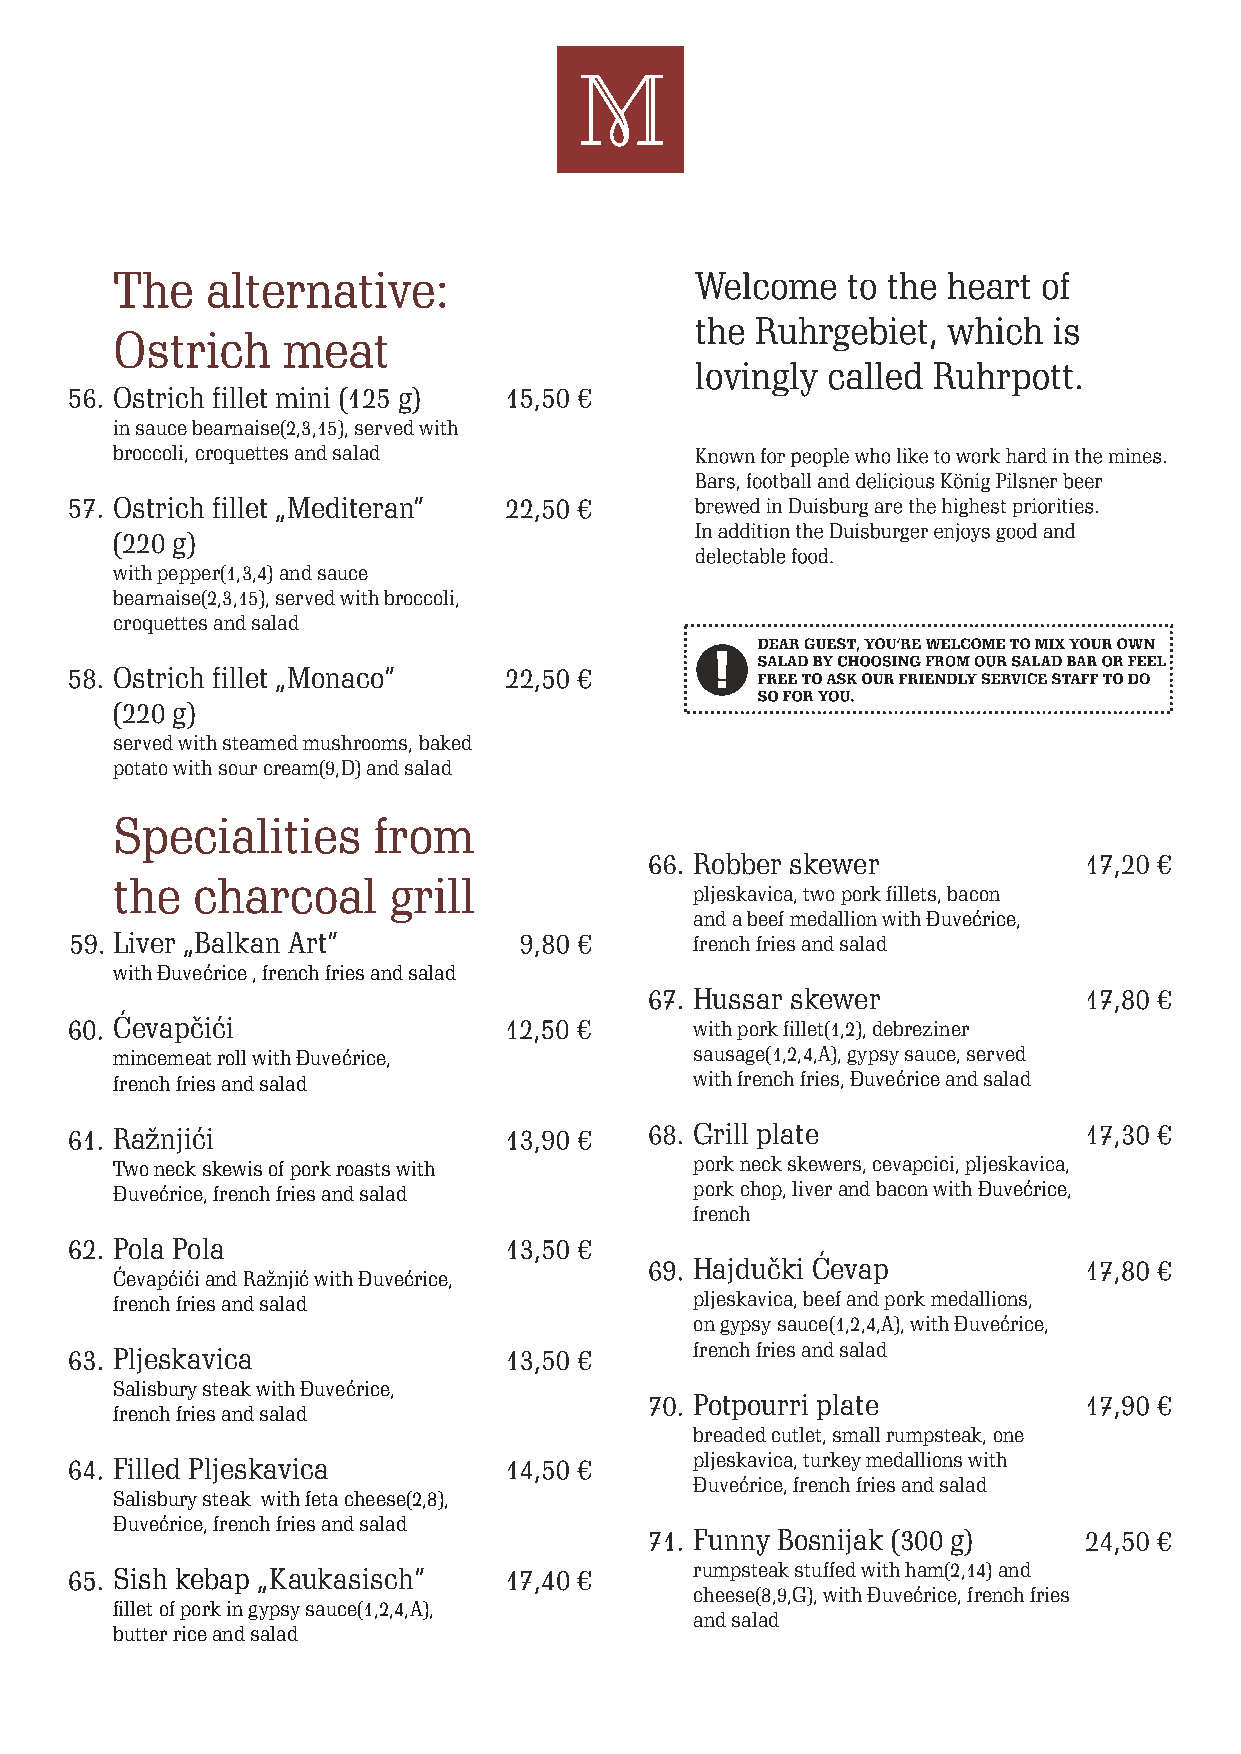
The    alternative:
 Ostrich     meat
 Ostrich fillet mini (125 g )
 in sauce bearnaise(2,3,15), served with
 broccoli, croquettes and salad
 Ostrich fillet „Mediteran“
 (220 g)
 with pepper(1,3,4) and sauce
 bearnaise(2,3,15), served with broccoli,
 croquettes and salad
 Ostrich fillet „Monaco“
 (220 g )
 served with steamed mushrooms, baked
 potato with sour cream(9,D) and salad
 Specialities      from
 Robber skewer
 the   charcoal     grill
 pljeskavica, two pork fillets, bacon
 and a beef medallion with Ðuvećrice,
 Liver „Balkan Art“                     french fries and salad
 with Ðuvećrice , french fries and salad
 Hussar skewer
 Ćevapčići                              with pork fillet(1,2), debreziner
 mincemeat roll with Ðuvećrice,         sausage(1,2,4,A), gypsy sauce, served
 french fries and salad                 with french fries, Ðuvećrice and salad
 Ražnjići                               Grill plate
 Two neck skewis of pork roasts with    pork neck skewers, cevapcici, pljeskavica,
 Ðuvećrice, french fries and salad      pork chop, liver and bacon with Ðuvećrice,
 french
 Pola Pola
 Hajdučki Ćevap
 Ćevapćići and Ražnjić with Ðuvećrice,
 french fries and salad                 pljeskavica, beef and pork medallions,
 on gypsy sauce(1,2,4,A), with Ðuvećrice,
 Pljeskavica                            french fries and salad
 Salisbury steak with Ðuvećrice,
 Potpourri plate
 french fries and salad
 breaded cutlet, small rumpsteak, one
 Filled Pljeskavica                     pljeskavica, turkey medallions with
 Ðuvećrice, french fries and salad
 Salisbury steak with feta cheese(2,8),
 Ðuvećrice, french fries and salad
 Funny Bosnijak (300 g)
 Sish kebap „Kaukasisch“   17,40       rumpsteak stuffed with ham(2,14) and
 cheese(8,9,G), with Ðuvećrice, french fries
 fillet of pork in gypsy sauce(1,2,4,A),
 and salad
 butter rice and salad